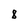
Character: 8